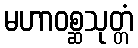
မဟာဝစ္ဆသုတ္တံ